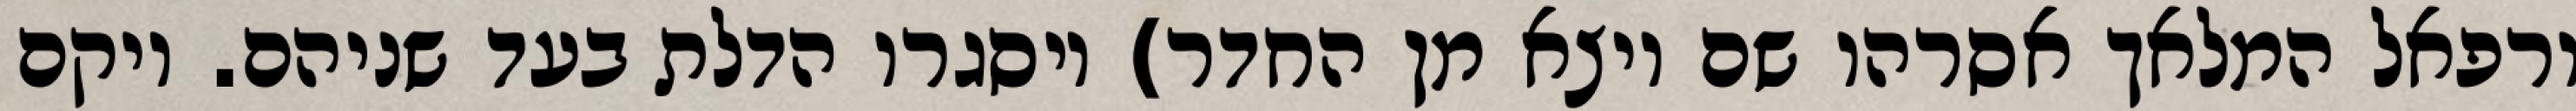
ורפאל המלאך אסרהו שם ויצא מן החדר) ויסגרו הדלת בעד שניהם. ויקם